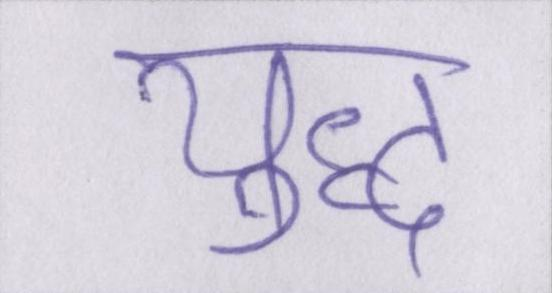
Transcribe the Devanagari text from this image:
युध्द